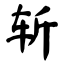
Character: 斩